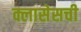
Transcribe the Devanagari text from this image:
क्लासेसची